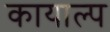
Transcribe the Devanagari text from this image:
कायाल्प